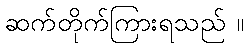
ဆက်တိုက်ကြားရသည် ။